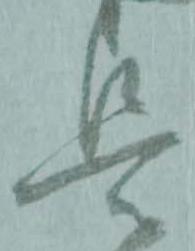
是